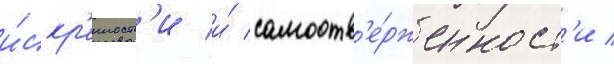
и́скр'енност'и и́ самоотв'е́рженност'и /